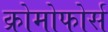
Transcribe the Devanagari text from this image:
क्रोमोफोर्स